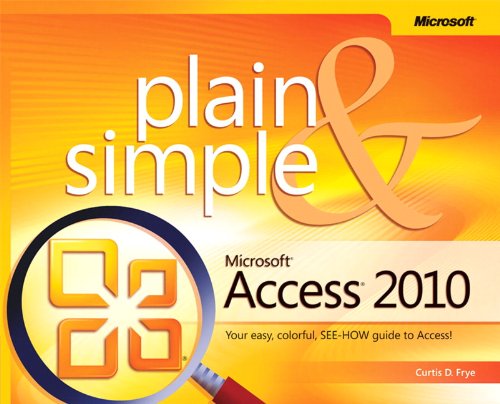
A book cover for Microsoft Access 2010 Plain & Simple; Curtis Frye; Computers & Technology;